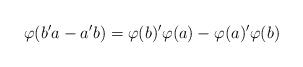
LaTeX: \begin{align*}\varphi(b'a-a'b) = \varphi(b)'\varphi(a) - \varphi(a)' \varphi(b) \end{align*}